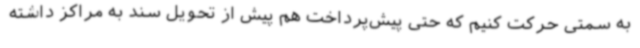
به سمتی حرکت کنیم که حتی پیش‌پرداخت هم پیش از تحویل سند به مراکز داشته